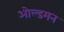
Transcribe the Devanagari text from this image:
ओल्डमन